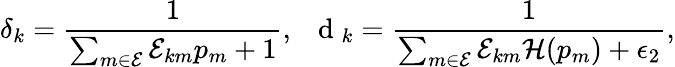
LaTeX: \delta_{k}=\frac{1}{\sum_{m\in\mathcal{E}}\mathcal{E}_{km}p_{m}+1},\; \; \mathrm{~d~}_{k}=\frac{1}{\sum_{m\in\mathcal{E}}\mathcal{E}_{km}\mathcal{H}(p_{m})+\epsilon_{2}},